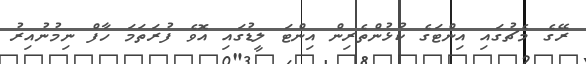
ރޭގެ މެޗުގައި އިންޓަގެ ކުޅުންތެރިން އިންޓަ ލީޑުގައި އޮވެ ފުރަތަމަ ހާފް ނިމުނުއިރު